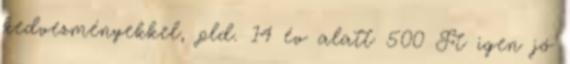
kedvezményekkel, pld. 14 év alatt 500 Ft igen jó